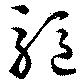
駆